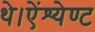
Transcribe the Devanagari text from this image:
थे।ऐंश्येण्ट